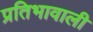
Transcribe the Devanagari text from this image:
प्रतिभावाली